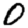
Digit: 0